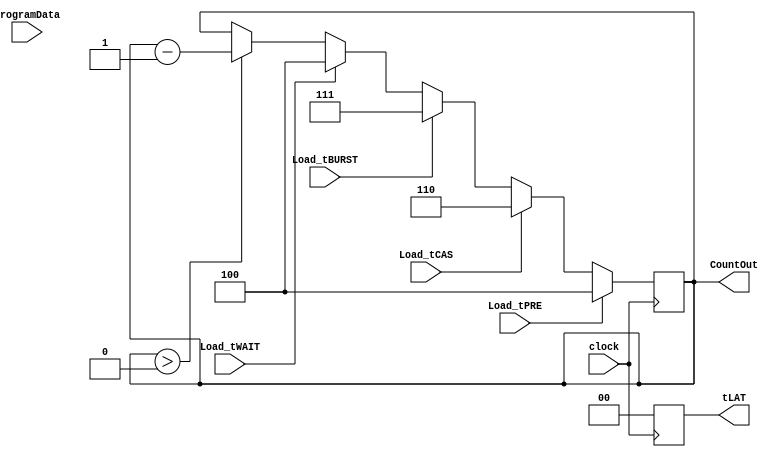

module Delay(ProgramData,clock,Load_tPRE,Load_tCAS,Load_tBURST,Load_tWAIT,tLAT,CountOut);
input [9:0]ProgramData;
input Load_tPRE,Load_tCAS,Load_tBURST,Load_tWAIT,clock;

output [1:0]tLAT;
output [2:0]CountOut;


wire Load_tPRE,Load_tCAS,Load_tBURST,Load_tWAIT,clock;
wire [9:0]ProgramData;

reg [1:0]tLAT;
reg [2:0]CountOut;


always @(posedge clock)
begin
	if(Load_tPRE)
	begin
		CountOut = 3'b100;
	end
	else if(Load_tCAS)
	begin
		CountOut = 3'b110;//tCAS change to 4 cycle
	end
	else if(Load_tBURST)
	begin
		CountOut = 3'b111;
	end
	else if(Load_tWAIT)
	begin
		CountOut = 3'b100;
	end
	
	else if(CountOut > 3'b000)
	begin
		 CountOut = CountOut - 1;
	end
	tLAT = 2'b00;
end

endmodule